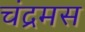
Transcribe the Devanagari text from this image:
चंद्रमस